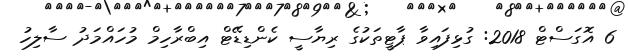
6 އޮގަސްޓް 2018: ގުޅިފައިވާ ޕާޓީތަކުގެ ރިޔާސީ ކެންޑިޑޭޓް އިބްރާހިމް މުހައްމަދު ސާލިހު